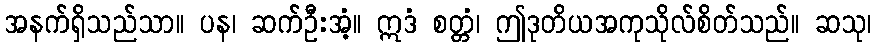
အနက်ရှိသည်သာ။ ပန၊ ဆက်ဦးအံ့။ ဣဒံ စတ္တံ၊ ဤဒုတိယအကုသိုလ်စိတ်သည်။ ဆသု၊